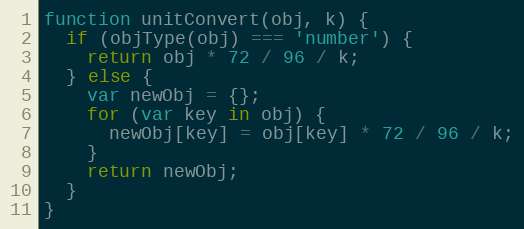
Language: JavaScript
function unitConvert(obj, k) {
  if (objType(obj) === 'number') {
    return obj * 72 / 96 / k;
  } else {
    var newObj = {};
    for (var key in obj) {
      newObj[key] = obj[key] * 72 / 96 / k;
    }
    return newObj;
  }
}